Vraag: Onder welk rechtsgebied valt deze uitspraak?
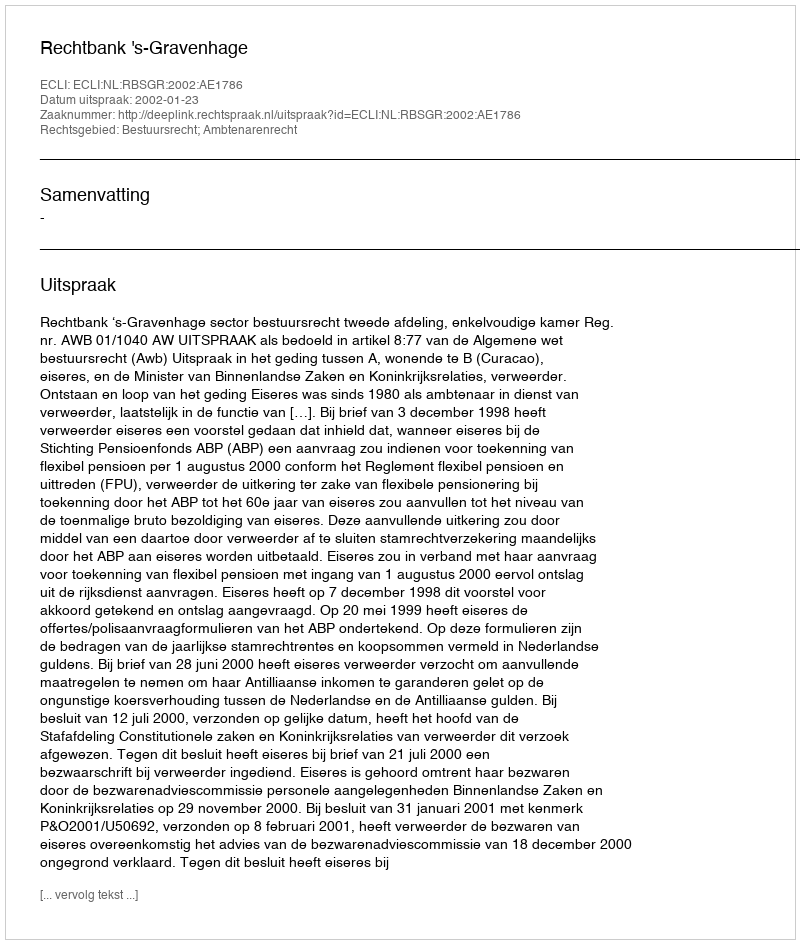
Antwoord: Bestuursrecht; Ambtenarenrecht